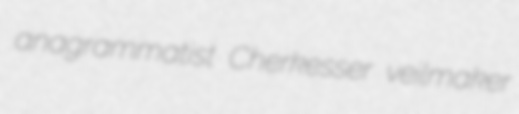
anagrammatist Cherkesser veilmaker